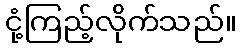
ငုံ့ကြည့်လိုက်သည်။